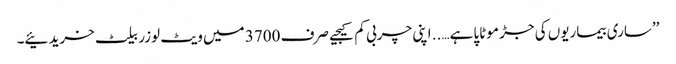
’’ساری بیماریوں کی جڑ موٹاپا ہے….. اپنی چربی کم کیجیے صرف 3700 میں ویٹ لوزر بیلٹ خریدئیے۔